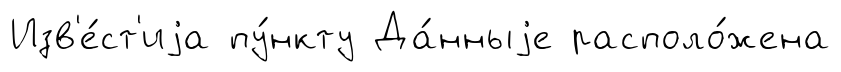
Изв'е́ст'иjа пу́нкту Да́нныjе располо́жена